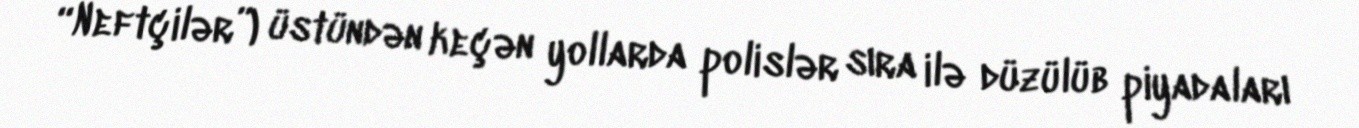
“Neftçilər”) üstündən keçən yollarda polislər sıra ilə düzülüb piyadaları